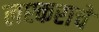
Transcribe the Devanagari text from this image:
लश्कराचे